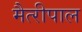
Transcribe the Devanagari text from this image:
मैत्‍रीपाल